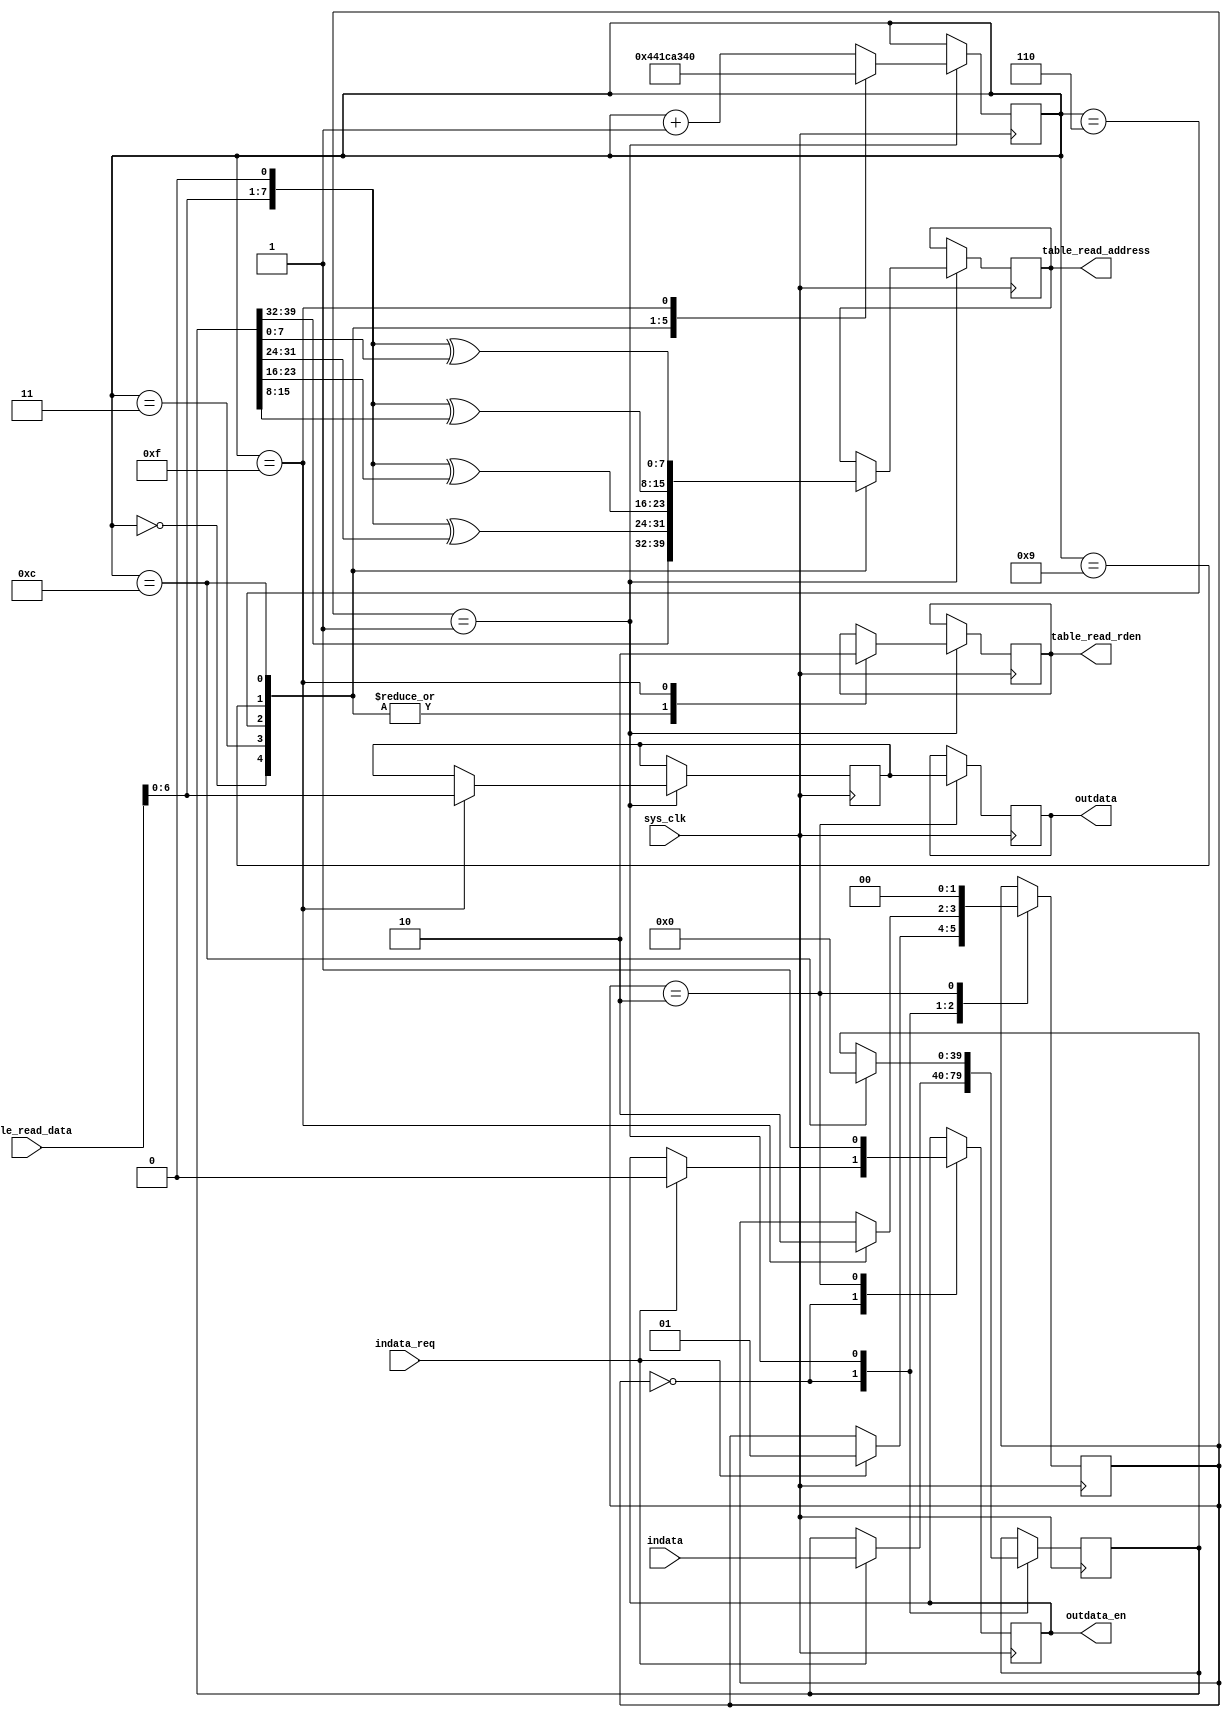
`timescale 1ns / 1ps
//Creat:2011-09-17 6pm
//comit:????crc7????

module crc7(
	sys_clk,
	indata,
	indata_req,
	
	table_read_rden,
	table_read_address,
	table_read_data,
	
	outdata,
	outdata_en
	);
	
input sys_clk;
input[39:0] indata;//????????
input indata_req;//????

output	table_read_rden;//??????
output[7:0]	table_read_address;
input[7:0]	table_read_data;

output[6:0] outdata;//???????
output outdata_en;//???????????

parameter	crc_idle=2'd0;
parameter	crc_convert=2'd1;
parameter	crc_outdata=2'd2;
reg[1:0]	crc_state;
reg[39:0]	indata_temp;

reg	table_read_rden;//??????
reg[7:0]	table_read_address;

reg	outdata_en;
reg[5:0]	byte_counter;
reg[6:0]	outdata;
reg[6:0]	crc_temp;
reg[39:0]	tempdata;

initial
	begin
		crc_state<=crc_idle;
		indata_temp<=0;
		
		table_read_rden=0;
		table_read_address=0;
		
		outdata_en<=0;
		byte_counter<=0;
		outdata<=0;	
		crc_temp<=0;	
	end

always @(posedge sys_clk)
begin
	case(crc_state)
		crc_idle:
			begin
				if(indata_req)
					begin
						crc_state<=crc_convert;
						indata_temp<=indata[39:0];
						outdata_en<=1'b0;
					end
			end
		crc_convert:
			begin
				case(byte_counter)
					0:
						begin
							table_read_rden<=1'b1;
							table_read_address<=indata_temp[39:32];//????????
							byte_counter<=1;
						end
					3:
						begin
							table_read_rden<=1'b1;
							table_read_address<={table_read_data[6:0],1'b0}^indata_temp[31:24];//?????
							byte_counter<=4;
						end
					6:
						begin
							table_read_rden<=1'b1;
							table_read_address<={table_read_data[6:0],1'b0}^{indata_temp[23:16]};//?????
							byte_counter<=7;
						end
					9:
						begin
							table_read_rden<=1'b1;
							table_read_address<={table_read_data[6:0],1'b0}^{indata_temp[15:8]};//?????
							byte_counter<=10;
						end
					12:
						begin
							indata_temp<=0;
							table_read_rden<=1'b1;
							table_read_address<={table_read_data[6:0],1'b0}^{indata_temp[7:0]};//?????
							byte_counter<=13;
						end
					15:
						begin
							table_read_rden<=1'b0;
							crc_temp<=table_read_data[6:0];
							byte_counter<=0;
							crc_state<=crc_outdata;
						end
					default:
						begin
							byte_counter<=byte_counter+1'd1;
						end
				endcase
			end
		crc_outdata:
			begin
				outdata<=crc_temp;
				outdata_en<=1'b1;
				crc_state<=crc_idle;
			end
	endcase			
end

endmodule